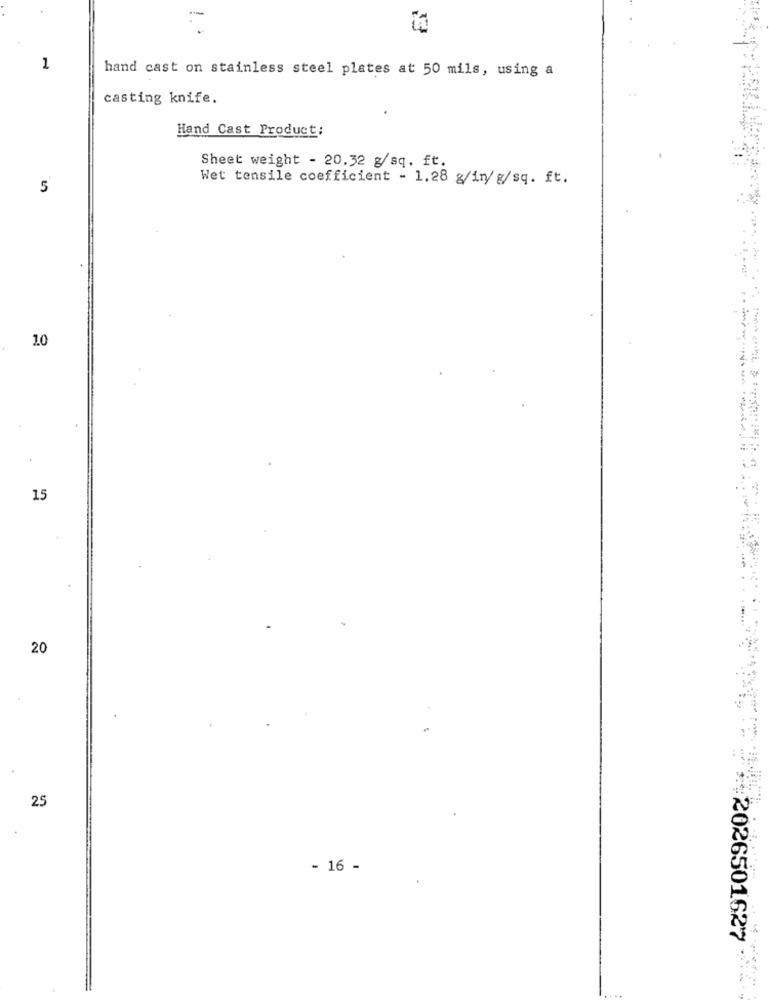
1
hand cast on stainless steel plates at 50 mils, using a
casting knife.
Hand Cast Product:
Sheet weight - 20.32 g/sq. ft.
Wet tensile coefficient - 1.28 g/in/ g/sq. ft.
5
10
15
20
25
- 16 -
:2026501627